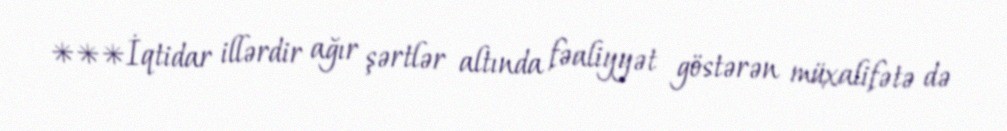
***İqtidar illərdir ağır şərtlər altında fəaliyyət göstərən müxalifətə də